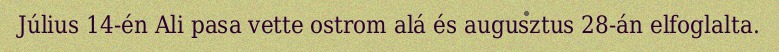
Július 14-én Ali pasa vette ostrom alá és augusztus 28-án elfoglalta.